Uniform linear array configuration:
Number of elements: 12
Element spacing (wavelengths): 1
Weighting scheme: hann
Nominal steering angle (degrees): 30
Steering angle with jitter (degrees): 29.47
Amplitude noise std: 0.05
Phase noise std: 0.05

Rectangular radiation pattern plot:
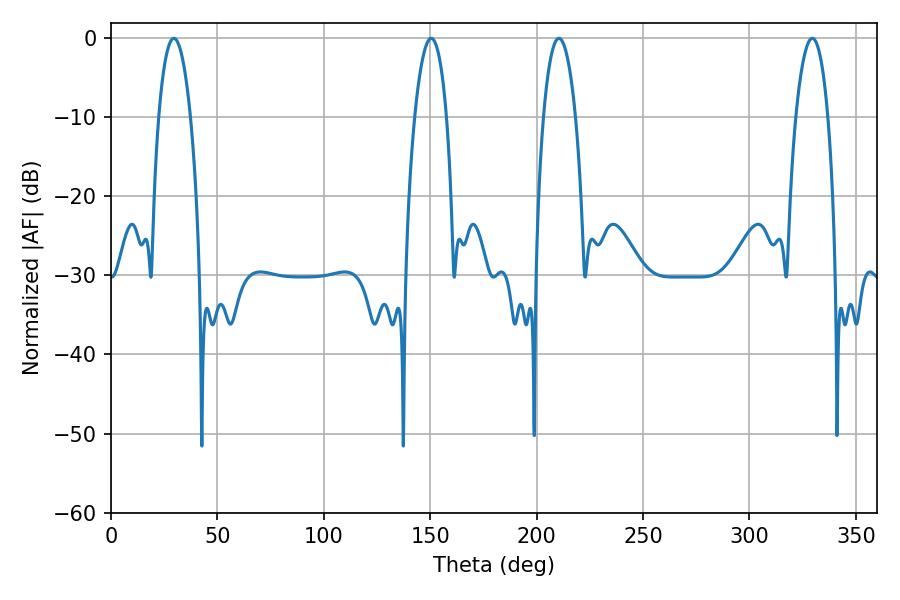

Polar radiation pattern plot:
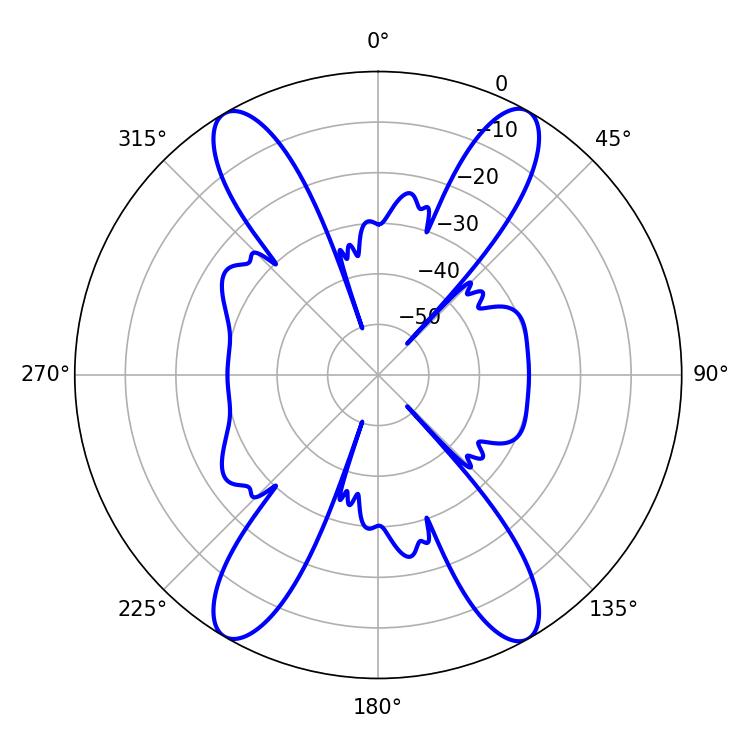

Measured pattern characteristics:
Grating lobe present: TRUE
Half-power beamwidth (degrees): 8.46
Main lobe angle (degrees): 29.52